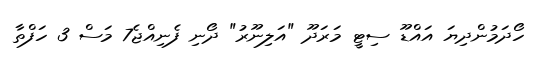
ހޯދަމުންދިޔަ އައްޑޫ ސިޓީ މަރަދޫ "އަލިނޫރު" ދޯނި ފެނިއްޖެ7 މަސް 3 ހަފްތާ